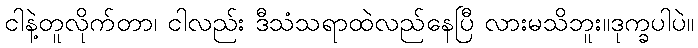
ငါနဲ့တူလိုက်တာ၊ ငါလည်း ဒီသံသရာထဲလည်နေပြီ လားမသိဘူး။ဒုက္ခပါပဲ။